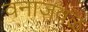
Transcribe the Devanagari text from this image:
वनाजवळ